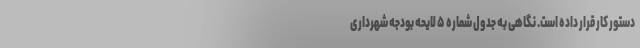
دستور کار قرار داده است. نگاهی به جدول شماره ۵ لایحه بودجه شهرداری